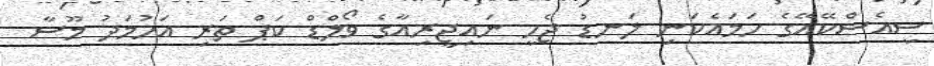
ސީއެސްކޭއޭގެ ހަމައެކަނި ލަނޑު ޖެހީ ނައިޖީރިއާގެ ވޯލްޑް ކަޕް ތަރި އަހުމަދު މޫސާ